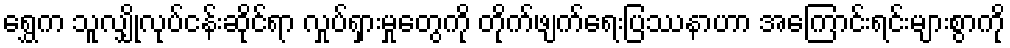
ရွှေက သူလျှိုလုပ်ငန်းဆိုင်ရာ လှုပ်ရှားမှုတွေကို တိုက်ဖျက်ရေးပြဿနာဟာ အကြောင်းရင်းများစွာကို